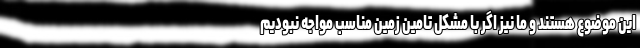
این موضوع‌ هستند و ما نیز اگر با مشکل تامین زمین مناسب مواجه نبودیم